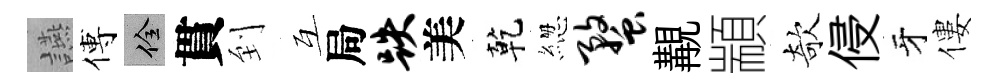
讌傅佺貫到互局跌美乾緫蝥覯顓欹侵牙僂